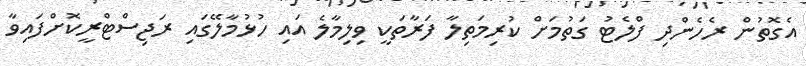
އެގޮތުން ރެހެންދި ފްލެޓު ގަތުމަށް ކުރިމަތިލާ ފަރާތަކީ ވިލިމާލެ އައި ހުޅުމާލޭގައި ރަޖިސްޓްރީކޮށްފައިވާ